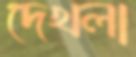
দেখলা